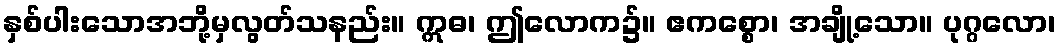
နှစ်ပါးသောအဘို့မှလွတ်သနည်း။ ဣဓ၊ ဤလောက၌။ ဧကစ္စော၊ အချို့သော။ ပုဂ္ဂလော၊